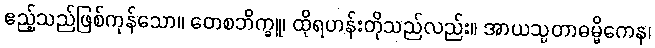
ဧည့်သည်ဖြစ်ကုန်သော။ တေစဘိက္ခူ၊ ထိုရဟန်းတိုသည်လည်း။ အာယသ္မတာဓမ္မိကေန၊